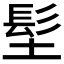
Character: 𩫽